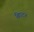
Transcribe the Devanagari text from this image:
ब्रिघटन